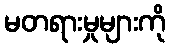
မတရားမှုများကို